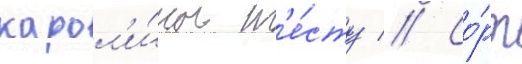
карол'и́ны т'е́сту // Со́рт